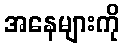
အနေများကို